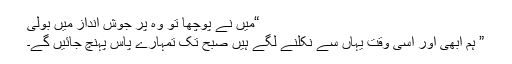
“میں نے پوچھا تو وہ پر جوش انداز میں بولی
” ہم ابھی اور اسی وقت یہاں سے نکلنے لگے ہیں صبح تک تمہارے پاس پہنچ جائیں گے۔